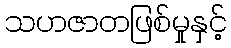
သဟဇာတဖြစ်မှုနှင့်